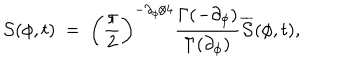
{ \cal S } ( \phi , t ) \ = \ \biggl ( \frac { \pi } { 2 } \biggr ) ^ { - \partial _ { \phi } / 4 } \frac { \Gamma ( - \partial _ { \phi } ) } { \Gamma ( \partial _ { \phi } ) } \overline { { { \cal S } } } ( \phi , t ) ,